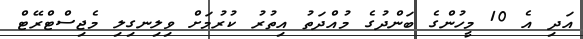
އަދި އެ 10 މީހުންގެ ބަންދުގެ މުއްދަތު އިތުރު ކުރުމަށް ވިލިނގިލި މެޖިސްޓްރޭޓް